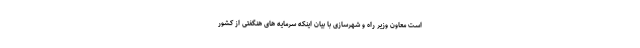
است معاون وزیر راه و شهرسازی با بیان اینکه سرمایه های هنگفتی از کشور